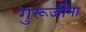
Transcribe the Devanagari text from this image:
गुरूजींना